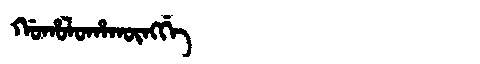
Manchu: ᡤᠣᡥᠣᠯᠣᡥᠠᡴᡡᠩᡤᡝ
Romanization: GOHOLOHAKŪNGGE